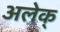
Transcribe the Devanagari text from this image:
अलेक्